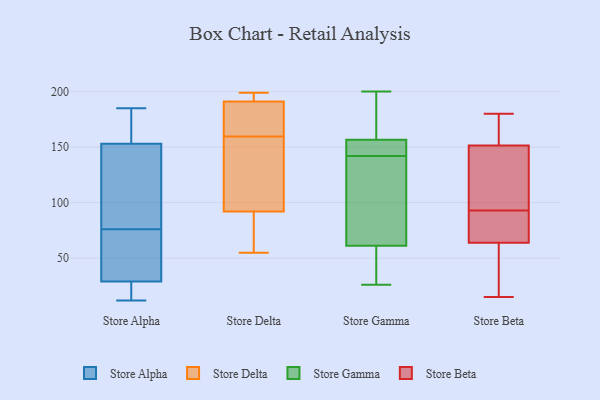
{"axis": {"x": "Churn Rate (%)", "y": "Value"}, "legend": ["Store Alpha", "Store Beta", "Store Delta", "Store Gamma"], "data": [{"x": "", "y": 82, "type": "Store Alpha"}, {"x": "", "y": 19, "type": "Store Alpha"}, {"x": "", "y": 17, "type": "Store Alpha"}, {"x": "", "y": 70, "type": "Store Alpha"}, {"x": "", "y": 163, "type": "Store Alpha"}, {"x": "", "y": 12, "type": "Store Alpha"}, {"x": "", "y": 153, "type": "Store Alpha"}, {"x": "", "y": 33, "type": "Store Alpha"}, {"x": "", "y": 40, "type": "Store Alpha"}, {"x": "", "y": 145, "type": "Store Alpha"}, {"x": "", "y": 185, "type": "Store Alpha"}, {"x": "", "y": 157, "type": "Store Alpha"}, {"x": "", "y": 106, "type": "Store Alpha"}, {"x": "", "y": 29, "type": "Store Alpha"}, {"x": "", "y": 175, "type": "Store Delta"}, {"x": "", "y": 121, "type": "Store Delta"}, {"x": "", "y": 193, "type": "Store Delta"}, {"x": "", "y": 69, "type": "Store Delta"}, {"x": "", "y": 144, "type": "Store Delta"}, {"x": "", "y": 199, "type": "Store Delta"}, {"x": "", "y": 185, "type": "Store Delta"}, {"x": "", "y": 113, "type": "Store Delta"}, {"x": "", "y": 177, "type": "Store Delta"}, {"x": "", "y": 86, "type": "Store Delta"}, {"x": "", "y": 55, "type": "Store Delta"}, {"x": "", "y": 198, "type": "Store Delta"}, {"x": "", "y": 92, "type": "Store Delta"}, {"x": "", "y": 191, "type": "Store Delta"}, {"x": "", "y": 200, "type": "Store Gamma"}, {"x": "", "y": 64, "type": "Store Gamma"}, {"x": "", "y": 147, "type": "Store Gamma"}, {"x": "", "y": 162, "type": "Store Gamma"}, {"x": "", "y": 155, "type": "Store Gamma"}, {"x": "", "y": 98, "type": "Store Gamma"}, {"x": "", "y": 176, "type": "Store Gamma"}, {"x": "", "y": 97, "type": "Store Gamma"}, {"x": "", "y": 143, "type": "Store Gamma"}, {"x": "", "y": 31, "type": "Store Gamma"}, {"x": "", "y": 26, "type": "Store Gamma"}, {"x": "", "y": 142, "type": "Store Gamma"}, {"x": "", "y": 53, "type": "Store Gamma"}, {"x": "", "y": 98, "type": "Store Beta"}, {"x": "", "y": 143, "type": "Store Beta"}, {"x": "", "y": 79, "type": "Store Beta"}, {"x": "", "y": 153, "type": "Store Beta"}, {"x": "", "y": 56, "type": "Store Beta"}, {"x": "", "y": 27, "type": "Store Beta"}, {"x": "", "y": 168, "type": "Store Beta"}, {"x": "", "y": 119, "type": "Store Beta"}, {"x": "", "y": 72, "type": "Store Beta"}, {"x": "", "y": 150, "type": "Store Beta"}, {"x": "", "y": 15, "type": "Store Beta"}, {"x": "", "y": 40, "type": "Store Beta"}, {"x": "", "y": 180, "type": "Store Beta"}, {"x": "", "y": 92, "type": "Store Beta"}, {"x": "", "y": 94, "type": "Store Beta"}, {"x": "", "y": 56, "type": "Store Beta"}, {"x": "", "y": 160, "type": "Store Beta"}, {"x": "", "y": 92, "type": "Store Beta"}, {"x": "", "y": 91, "type": "Store Beta"}, {"x": "", "y": 157, "type": "Store Beta"}]}